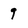
Character: 9